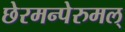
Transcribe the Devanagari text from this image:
छेरमन्पेरुमल्